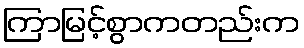
ကြာမြင့်စွာကတည်းက